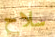
سلاح